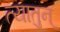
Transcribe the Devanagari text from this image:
त्यातुन्